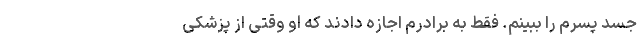
جسد پسرم را ببینم. فقط به برادرم اجازه دادند که او وقتی از پزشکی